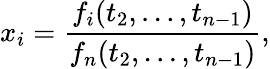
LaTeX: x_{i}={\frac{f_{i}(t_{2},\ldots,t_{n-1})}{f_{n}(t_{2},\ldots,t_{n-1})}},